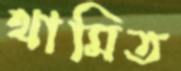
থামিত